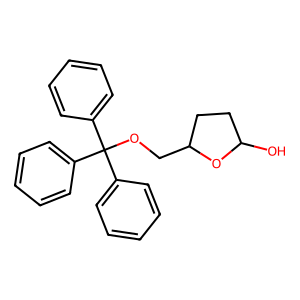
SMILES: OC1CCC(COC(c2ccccc2)(c2ccccc2)c2ccccc2)O1
Inhibits HIV replication: No